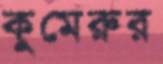
কুমেরুর